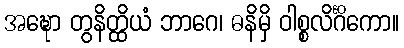
အဍ္ဎော တွနိတ္ထိယံ ဘာဂေ၊ ဓနိမှိ ဝါစ္စလိင်္ဂိကော။